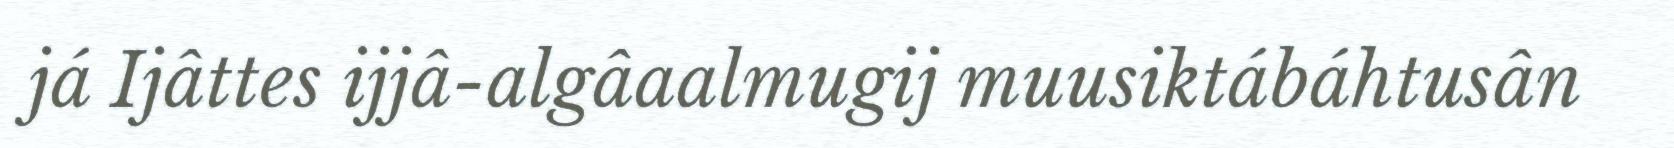
já Ijâttes ijjâ-algâaalmugij muusiktábáhtusân